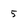
Character: 5